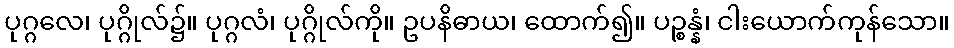
ပုဂ္ဂလေ၊ ပုဂ္ဂိုလ်၌။ ပုဂ္ဂလံ၊ ပုဂ္ဂိုလ်ကို။ ဥပနိဓာယ၊ ထောက်၍။ ပဉ္စန္နံ၊ ငါးယောက်ကုန်သော။